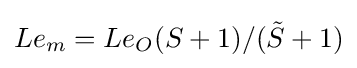
Le_{m}=Le_{O}(S+1)/({\tilde {S}}+1)